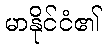
မာနိုင်ငံ၏